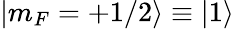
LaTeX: |m_{F}=+1/2\rangle\equiv|1\rangle